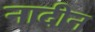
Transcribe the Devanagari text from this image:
नादीन